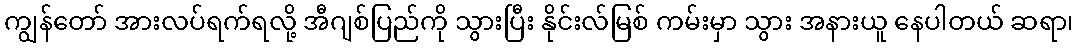
ကျွန်တော် အားလပ်ရက်ရလို့ အီဂျစ်ပြည်ကို သွားပြီး နိုင်းလ်မြစ် ကမ်းမှာ သွား အနားယူ နေပါတယ် ဆရာ၊